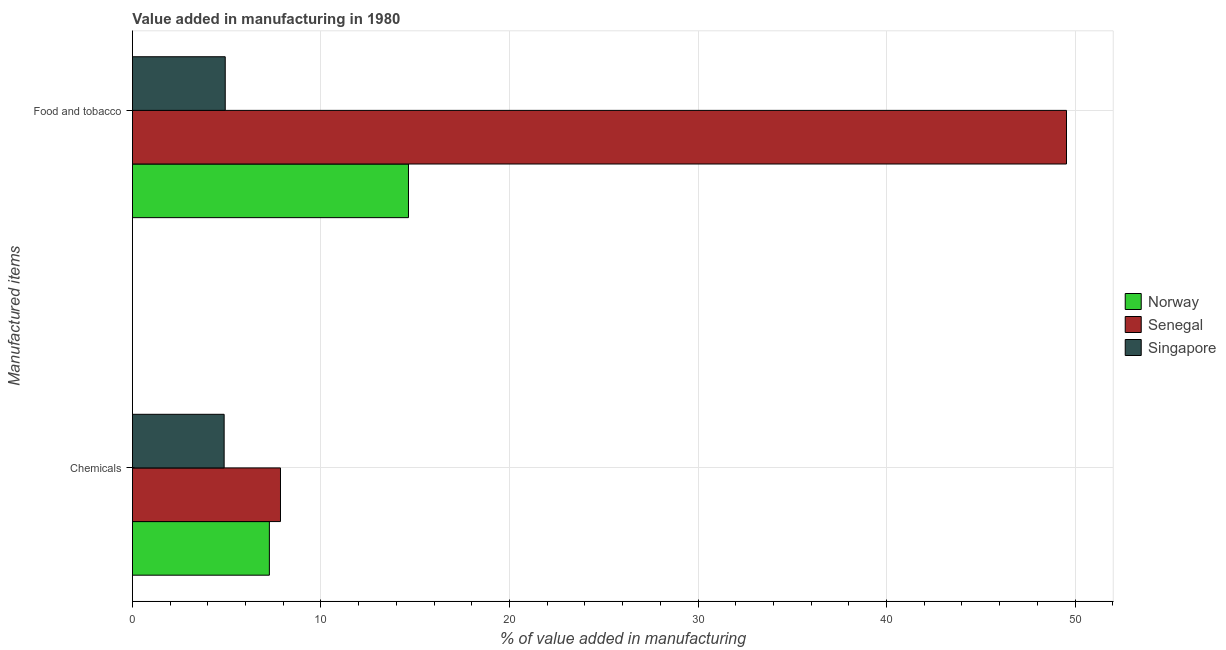
| Manufactured items | Norway | Senegal | Singapore |
 | --- | --- | --- | --- |
 | Chemicals | 7.26 | 7.85 | 4.86 |
 | Food and tobacco | 14.6 | 49.5 | 4.92 |